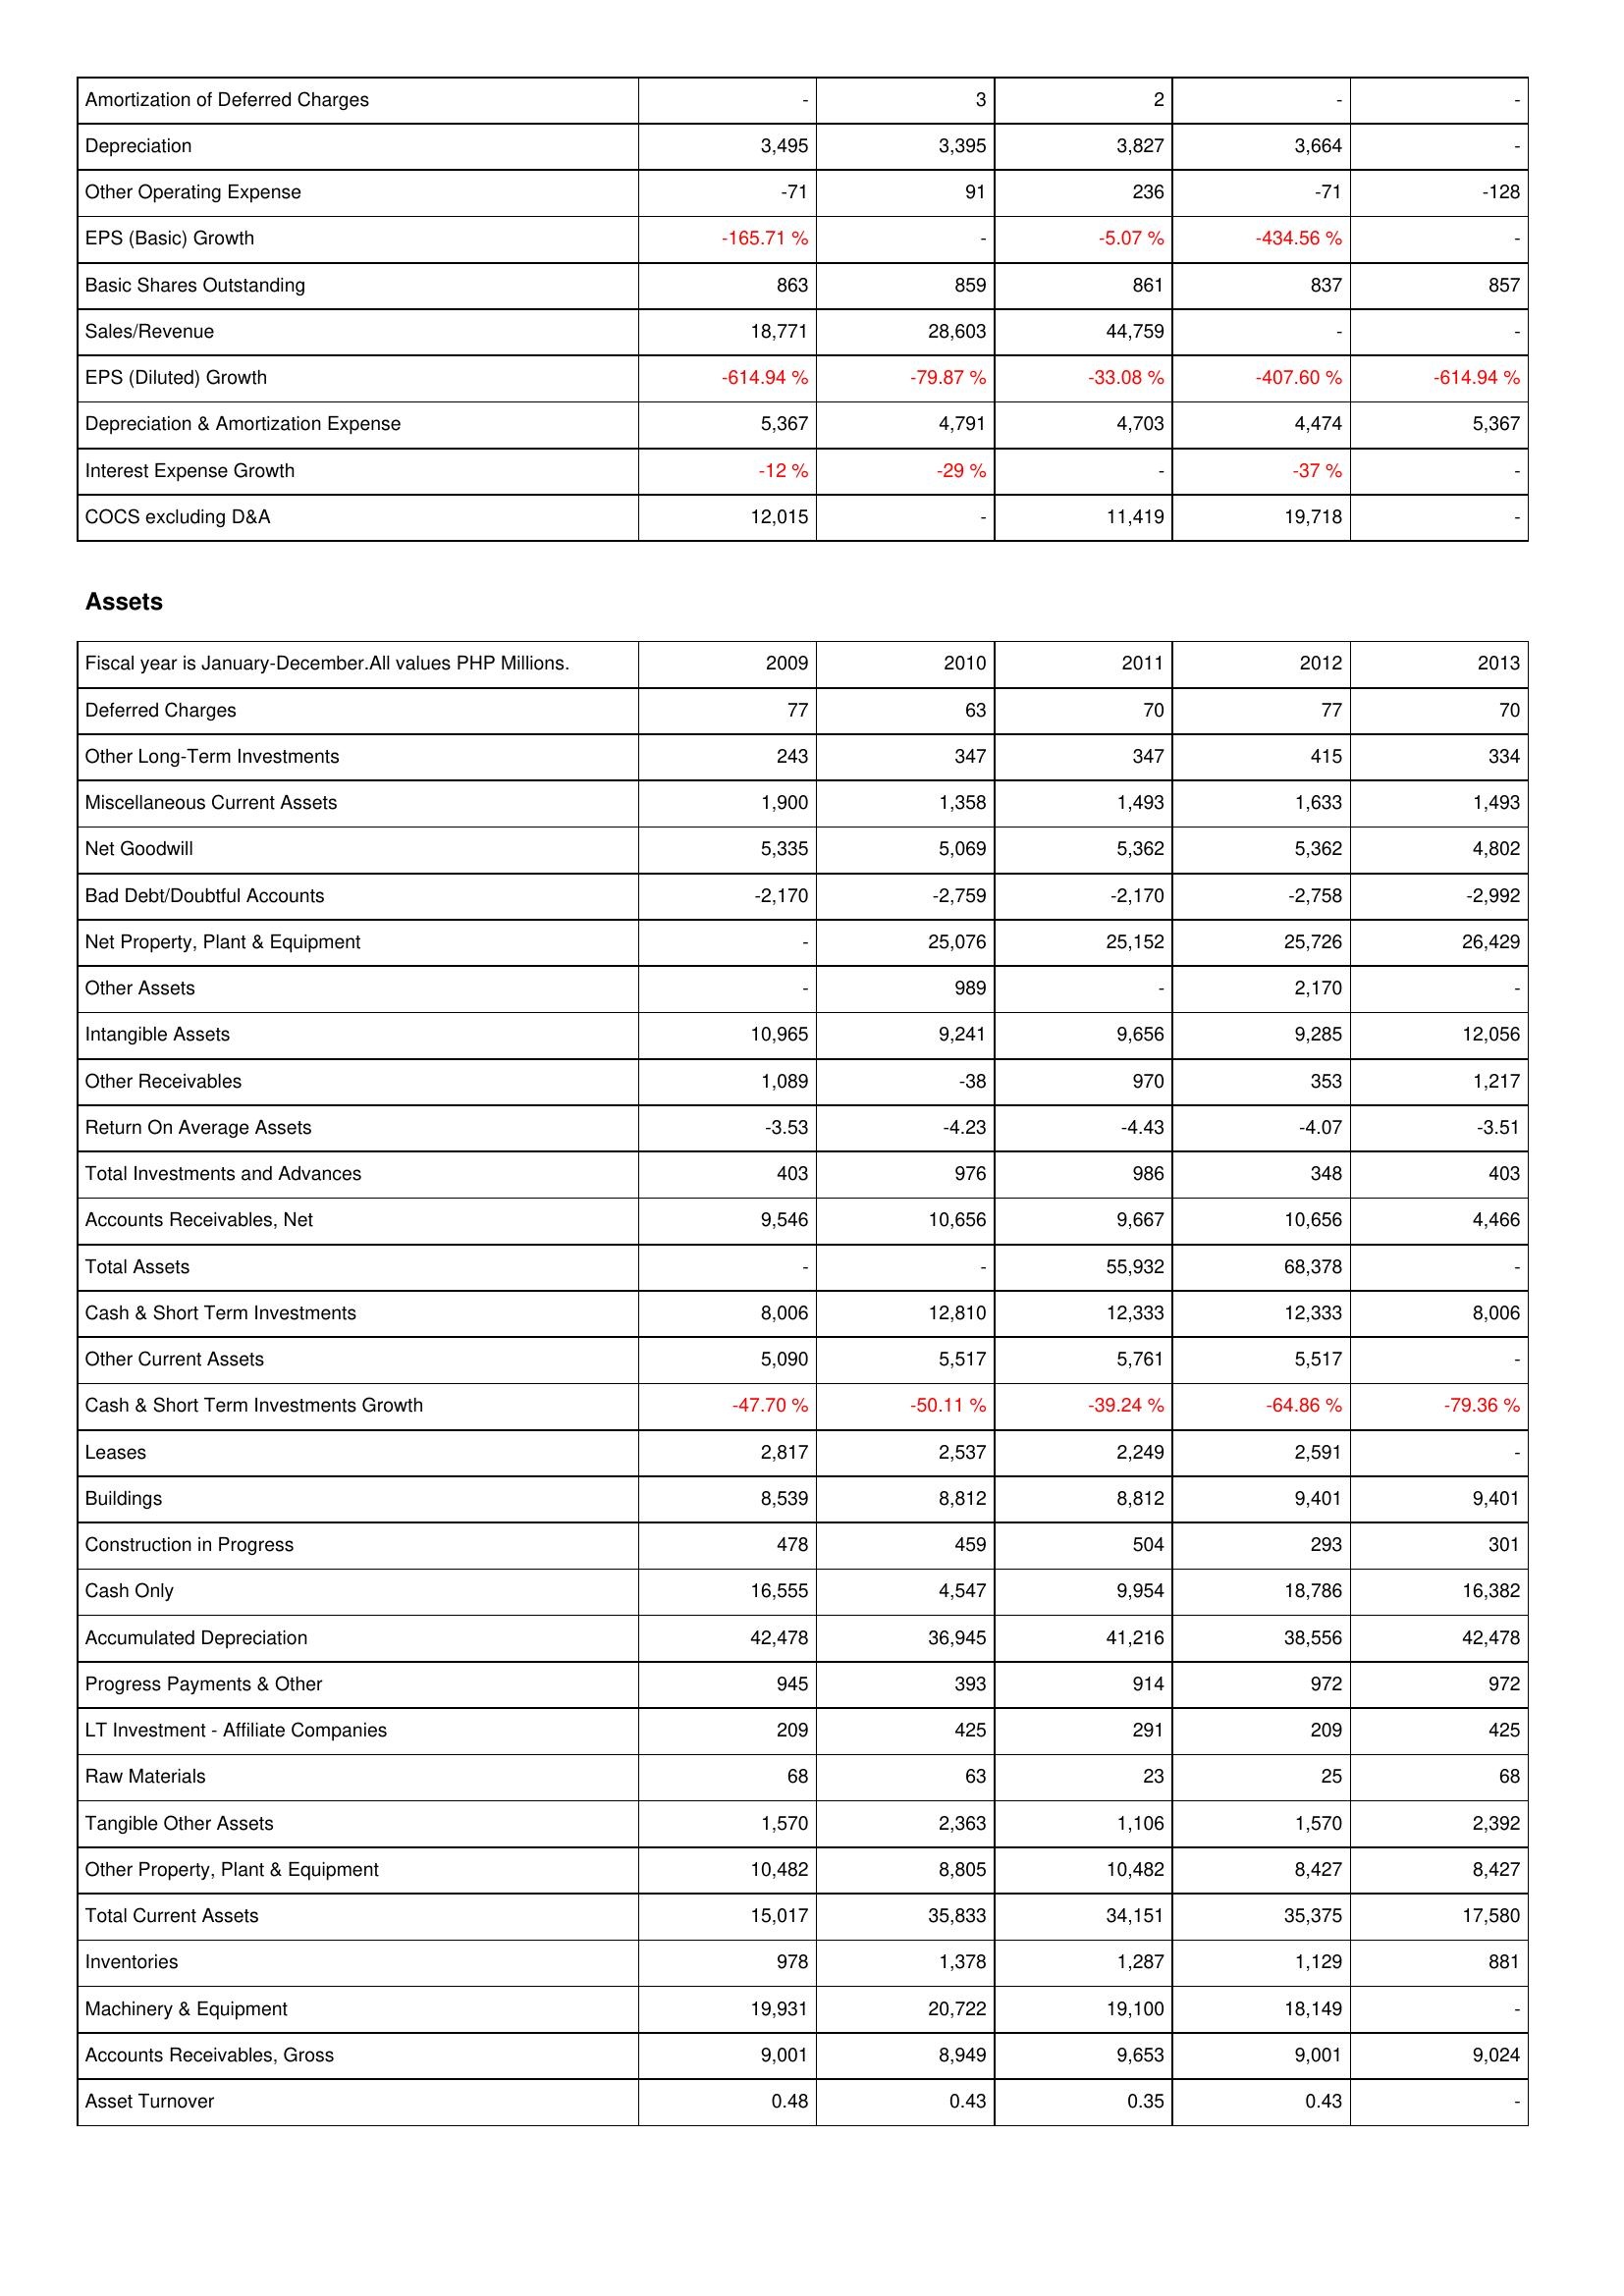
2009: Income Statement: Amortization of Deferred Charges: -
Depreciation: 3,495
Other Operating Expense: -71
EPS (Basic) Growth: -165.71 %
Basic Shares Outstanding: 863
Sales/Revenue: 18,771
EPS (Diluted) Growth: -614.94 %
Depreciation & Amortization Expense: 5,367
Interest Expense Growth: -12 %
COCS excluding D&A: 12,015
Assets: Deferred Charges: 77
Other Long-Term Investments: 243
Miscellaneous Current Assets: 1,900
Net Goodwill: 5,335
Bad Debt/Doubtful Accounts: -2,170
Net Property, Plant & Equipment: -
Other Assets: -
Intangible Assets: 10,965
Other Receivables: 1,089
Return On Average Assets: -3.53
Total Investments and Advances: 403
Accounts Receivables, Net: 9,546
Total Assets: -
Cash & Short Term Investments: 8,006
Other Current Assets: 5,090
Cash & Short Term Investments Growth: -47.70 %
Leases: 2,817
Buildings: 8,539
Construction in Progress: 478
Cash Only: 16,555
Accumulated Depreciation: 42,478
Progress Payments & Other: 945
LT Investment - Affiliate Companies: 209
Raw Materials: 68
Tangible Other Assets: 1,570
Other Property, Plant & Equipment: 10,482
Total Current Assets: 15,017
Inventories: 978
Machinery & Equipment: 19,931
Accounts Receivables, Gross: 9,001
Asset Turnover: 0.48
2010: Income Statement: Amortization of Deferred Charges: 3
Depreciation: 3,395
Other Operating Expense: 91
EPS (Basic) Growth: -
Basic Shares Outstanding: 859
Sales/Revenue: 28,603
EPS (Diluted) Growth: -79.87 %
Depreciation & Amortization Expense: 4,791
Interest Expense Growth: -29 %
COCS excluding D&A: -
Assets: Deferred Charges: 63
Other Long-Term Investments: 347
Miscellaneous Current Assets: 1,358
Net Goodwill: 5,069
Bad Debt/Doubtful Accounts: -2,759
Net Property, Plant & Equipment: 25,076
Other Assets: 989
Intangible Assets: 9,241
Other Receivables: -38
Return On Average Assets: -4.23
Total Investments and Advances: 976
Accounts Receivables, Net: 10,656
Total Assets: -
Cash & Short Term Investments: 12,810
Other Current Assets: 5,517
Cash & Short Term Investments Growth: -50.11 %
Leases: 2,537
Buildings: 8,812
Construction in Progress: 459
Cash Only: 4,547
Accumulated Depreciation: 36,945
Progress Payments & Other: 393
LT Investment - Affiliate Companies: 425
Raw Materials: 63
Tangible Other Assets: 2,363
Other Property, Plant & Equipment: 8,805
Total Current Assets: 35,833
Inventories: 1,378
Machinery & Equipment: 20,722
Accounts Receivables, Gross: 8,949
Asset Turnover: 0.43
2011: Income Statement: Amortization of Deferred Charges: 2
Depreciation: 3,827
Other Operating Expense: 236
EPS (Basic) Growth: -5.07 %
Basic Shares Outstanding: 861
Sales/Revenue: 44,759
EPS (Diluted) Growth: -33.08 %
Depreciation & Amortization Expense: 4,703
Interest Expense Growth: -
COCS excluding D&A: 11,419
Assets: Deferred Charges: 70
Other Long-Term Investments: 347
Miscellaneous Current Assets: 1,493
Net Goodwill: 5,362
Bad Debt/Doubtful Accounts: -2,170
Net Property, Plant & Equipment: 25,152
Other Assets: -
Intangible Assets: 9,656
Other Receivables: 970
Return On Average Assets: -4.43
Total Investments and Advances: 986
Accounts Receivables, Net: 9,667
Total Assets: 55,932
Cash & Short Term Investments: 12,333
Other Current Assets: 5,761
Cash & Short Term Investments Growth: -39.24 %
Leases: 2,249
Buildings: 8,812
Construction in Progress: 504
Cash Only: 9,954
Accumulated Depreciation: 41,216
Progress Payments & Other: 914
LT Investment - Affiliate Companies: 291
Raw Materials: 23
Tangible Other Assets: 1,106
Other Property, Plant & Equipment: 10,482
Total Current Assets: 34,151
Inventories: 1,287
Machinery & Equipment: 19,100
Accounts Receivables, Gross: 9,653
Asset Turnover: 0.35
2012: Income Statement: Amortization of Deferred Charges: -
Depreciation: 3,664
Other Operating Expense: -71
EPS (Basic) Growth: -434.56 %
Basic Shares Outstanding: 837
Sales/Revenue: -
EPS (Diluted) Growth: -407.60 %
Depreciation & Amortization Expense: 4,474
Interest Expense Growth: -37 %
COCS excluding D&A: 19,718
Assets: Deferred Charges: 77
Other Long-Term Investments: 415
Miscellaneous Current Assets: 1,633
Net Goodwill: 5,362
Bad Debt/Doubtful Accounts: -2,758
Net Property, Plant & Equipment: 25,726
Other Assets: 2,170
Intangible Assets: 9,285
Other Receivables: 353
Return On Average Assets: -4.07
Total Investments and Advances: 348
Accounts Receivables, Net: 10,656
Total Assets: 68,378
Cash & Short Term Investments: 12,333
Other Current Assets: 5,517
Cash & Short Term Investments Growth: -64.86 %
Leases: 2,591
Buildings: 9,401
Construction in Progress: 293
Cash Only: 18,786
Accumulated Depreciation: 38,556
Progress Payments & Other: 972
LT Investment - Affiliate Companies: 209
Raw Materials: 25
Tangible Other Assets: 1,570
Other Property, Plant & Equipment: 8,427
Total Current Assets: 35,375
Inventories: 1,129
Machinery & Equipment: 18,149
Accounts Receivables, Gross: 9,001
Asset Turnover: 0.43
2013: Income Statement: Amortization of Deferred Charges: -
Depreciation: -
Other Operating Expense: -128
EPS (Basic) Growth: -
Basic Shares Outstanding: 857
Sales/Revenue: -
EPS (Diluted) Growth: -614.94 %
Depreciation & Amortization Expense: 5,367
Interest Expense Growth: -
COCS excluding D&A: -
Assets: Deferred Charges: 70
Other Long-Term Investments: 334
Miscellaneous Current Assets: 1,493
Net Goodwill: 4,802
Bad Debt/Doubtful Accounts: -2,992
Net Property, Plant & Equipment: 26,429
Other Assets: -
Intangible Assets: 12,056
Other Receivables: 1,217
Return On Average Assets: -3.51
Total Investments and Advances: 403
Accounts Receivables, Net: 4,466
Total Assets: -
Cash & Short Term Investments: 8,006
Other Current Assets: -
Cash & Short Term Investments Growth: -79.36 %
Leases: -
Buildings: 9,401
Construction in Progress: 301
Cash Only: 16,382
Accumulated Depreciation: 42,478
Progress Payments & Other: 972
LT Investment - Affiliate Companies: 425
Raw Materials: 68
Tangible Other Assets: 2,392
Other Property, Plant & Equipment: 8,427
Total Current Assets: 17,580
Inventories: 881
Machinery & Equipment: -
Accounts Receivables, Gross: 9,024
Asset Turnover: -